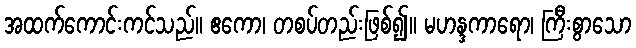
အထက်ကောင်းကင်သည်။ ဧကော၊ တစပ်တည်းဖြစ်၍။ မဟန္ဒကာရော၊ ကြီးစွာသော